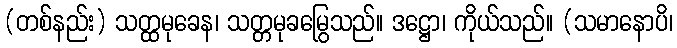
(တစ်နည်း) သတ္ထမုခေန၊ သတ္တမုခမြွေသည်။ ဒဋ္ဌော၊ ကိုယ်သည်။ (သမာနောပိ၊